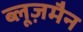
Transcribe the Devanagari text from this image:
ब्लूज़मैन